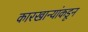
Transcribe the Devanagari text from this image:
कारखान्यांकडून